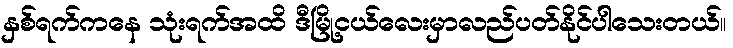
နှစ်ရက်ကနေ သုံးရက်အထိ ဒီမြို့ငယ်လေးမှာလည်ပတ်နိုင်ပါသေးတယ်။